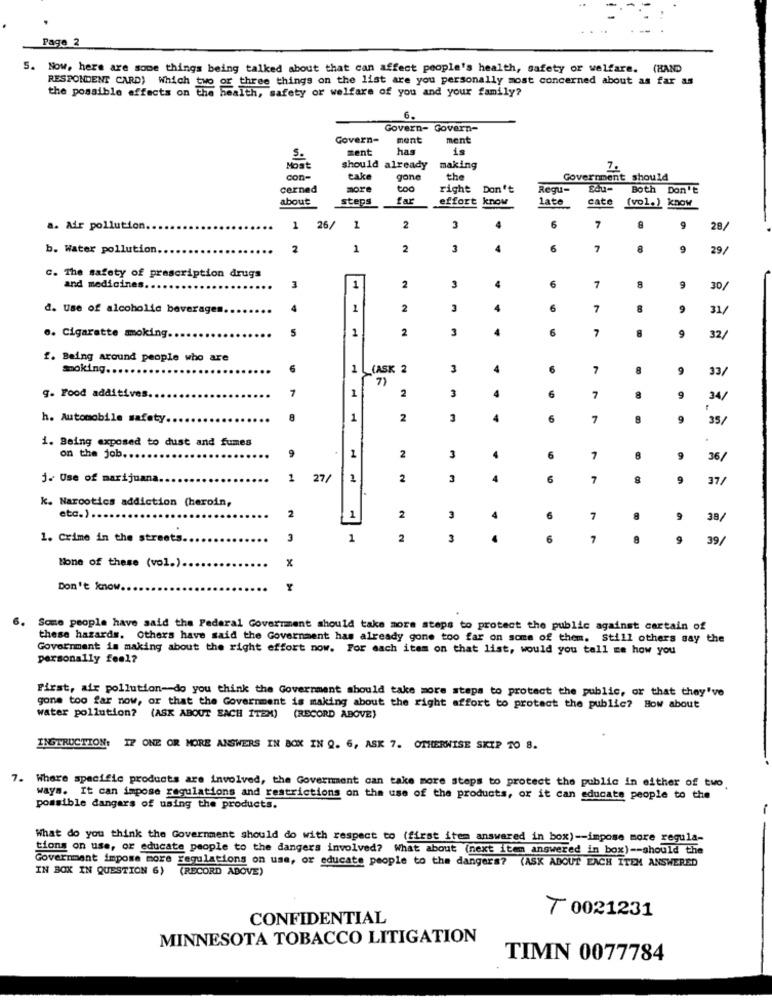
Page 2
5. Now, here are some things being talked about that can affect people's health, safety or welfare.
(HAND
RESPONDENT CARD) Which two or three things on the list are you personally most concerned about as far as
the possible effects on the health, safety or welfare of you and your family?
6.
Govern- Govern-
Govern-
ment
ment
sent
has
is
Most
should already
making
7.
con-
take
gone
the
Government should
cerned
more
too
right Don't
Regu-
SAu-
Both Don't
about
steps
far
effort know
late
cate
(vol.) know
6
7
a. Air pollution.
1
26/
1
2
3
8
9
28/
b. Water pollution
2
1
2
3
A
6
7
8
9
29/
C. The safety of prescription drugs
1
and medicines.
3
2
3
6
7
8
30/
d. Use of alcoholic beverages.
2
3
6
7
8
9
31/
.. Cigaratte moking ..
1
2
3
4
6
7
8
9
32/
f. Being around people who are
Smoking ...
6
1
(ASK 2
3
4
6
7
8
9
33,
7)
g. Food additives.
1
1
2
3
6
7
8
9
34/
h. Automobile safety.
8
1
2
3
4
6
7
8
9
35/
1. Being exposed to dust and fumes
on the job ..
9
1
2
3
6
7
8
9
36/
j. Use of marijuana.
1
27/
1
2
3
4
6
7
8
9
37/
k. Narcotics addiction (heroin,
2
etc.) .
1
2
3
4
6
7
9
38/
1. Crime in the streets.
3
1
2
3
.
6
7
9
39/
x
Mone of these (vol.).
Don't know.
6.
Some people have said the Federal Government should take more steps to protect the public against certain of
these hazards. Others have said the Government has already gone too far on some of them. Still others say the
Government is making about the right effort now. For each item on that list, would you tell me how you
personally feel?
First, air pollution-do you think the Government should take more steps to protect the public, or that they've
gone too far now, or that the Government is making about the right affort to protect the public? How about
water pollution? (ASK ABOUT EACH ITEM)
(RECORD ABOVE)
INSTRUCTION,
IF ONE OR MORE ANSWERS IN BOX IN Q. 6, ASK 7. OTHERWISE SKIP TO 8.
7. Where specific products are involved, the Government can take more steps to protect the public in either of two.
ways. It can impose regulations and restrictions on the use of the products, or it can educate people to the
possible dangers of using the products.
What do you think the Government should do with respect to (first item answered in box) -- impose more regula-
tions on use, or educate people to the dangers involved? What about (next item answered in box) -- should the
Government impose more regulations on use, or educate people to the dangers? (ASK ABOUT EACH ITEM ANSWERED
IN BOX IN QUESTION 6) (RECORD ABOVE)
7 0021231
CONFIDENTIAL
MINNESOTA TOBACCO LITIGATION
TIMN 0077784